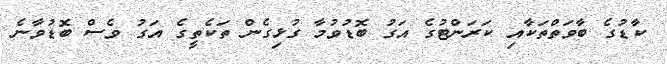
ކާޑުގެ ބާވަތްތަކާއި ކަރަންޓުގެ އަގު ބޮޑުވުމާ ގުޅިގެން ތަކެތީގެ އަގު ވެސް ބޮޑުވާނެ